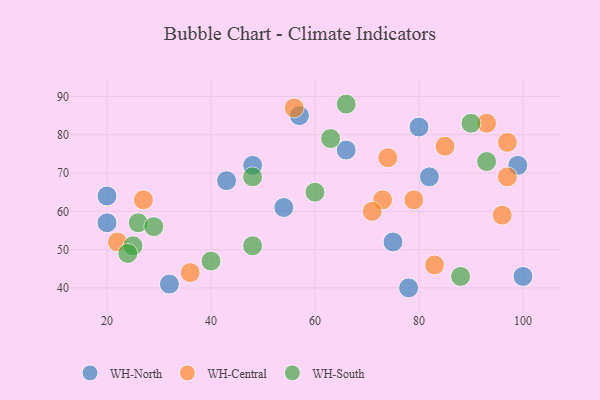
{"axis": {"x": "GDP", "y": "Life Expectancy"}, "legend": ["WH-Central", "WH-North", "WH-South"], "data": [{"x": "66", "y": 76, "type": "WH-North"}, {"x": "78", "y": 40, "type": "WH-North"}, {"x": "57", "y": 85, "type": "WH-North"}, {"x": "32", "y": 41, "type": "WH-North"}, {"x": "48", "y": 72, "type": "WH-North"}, {"x": "20", "y": 57, "type": "WH-North"}, {"x": "100", "y": 43, "type": "WH-North"}, {"x": "20", "y": 64, "type": "WH-North"}, {"x": "99", "y": 72, "type": "WH-North"}, {"x": "43", "y": 68, "type": "WH-North"}, {"x": "82", "y": 69, "type": "WH-North"}, {"x": "75", "y": 52, "type": "WH-North"}, {"x": "80", "y": 82, "type": "WH-North"}, {"x": "54", "y": 61, "type": "WH-North"}, {"x": "36", "y": 44, "type": "WH-Central"}, {"x": "27", "y": 63, "type": "WH-Central"}, {"x": "97", "y": 69, "type": "WH-Central"}, {"x": "93", "y": 83, "type": "WH-Central"}, {"x": "56", "y": 87, "type": "WH-Central"}, {"x": "97", "y": 78, "type": "WH-Central"}, {"x": "73", "y": 63, "type": "WH-Central"}, {"x": "74", "y": 74, "type": "WH-Central"}, {"x": "79", "y": 63, "type": "WH-Central"}, {"x": "71", "y": 60, "type": "WH-Central"}, {"x": "83", "y": 46, "type": "WH-Central"}, {"x": "22", "y": 52, "type": "WH-Central"}, {"x": "96", "y": 59, "type": "WH-Central"}, {"x": "85", "y": 77, "type": "WH-Central"}, {"x": "60", "y": 65, "type": "WH-South"}, {"x": "88", "y": 43, "type": "WH-South"}, {"x": "66", "y": 88, "type": "WH-South"}, {"x": "25", "y": 51, "type": "WH-South"}, {"x": "63", "y": 79, "type": "WH-South"}, {"x": "26", "y": 57, "type": "WH-South"}, {"x": "29", "y": 56, "type": "WH-South"}, {"x": "48", "y": 51, "type": "WH-South"}, {"x": "48", "y": 69, "type": "WH-South"}, {"x": "40", "y": 47, "type": "WH-South"}, {"x": "93", "y": 73, "type": "WH-South"}, {"x": "90", "y": 83, "type": "WH-South"}, {"x": "24", "y": 49, "type": "WH-South"}]}